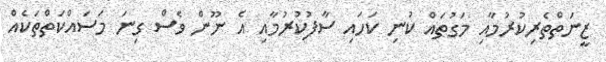
ޒީނަތްތެރިކުރުމާއި މަގުތައް ކުނި ކަހައި ސާފުކުރުމާއި އެ ނޫން ވެސް ގިނަ މަސައްކަތްތަކެއް